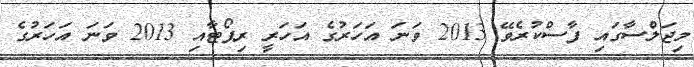
މިޖަލްސާގައި ފާސްކުރެވޭ 2013 ވަނަ އަހަރުގެ އަހަރީ ރިޕޯޓާއި 2013 ވަނަ އަހަރުގެ